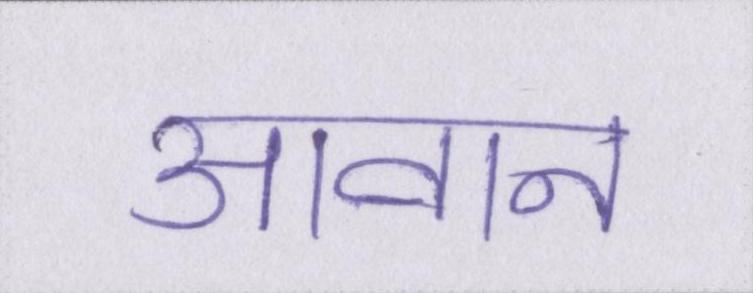
आवान